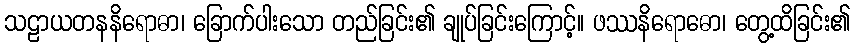
သဠာယတနနိရောဓာ၊ ခြောက်ပါးသော တည်ခြင်း၏ ချုပ်ခြင်းကြောင့်။ ဖဿနိရောဓော၊ တွေ့ထိခြင်း၏